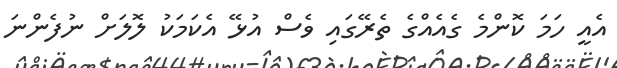
އެއީ ހަމަ ކޮންމެ ގެއެއްގެ ތެރޭގައި ވެސް އުޅޭ އެކަމަކު ލޮލަށް ނުފެންނަ